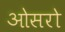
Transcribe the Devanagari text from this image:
ओसरो